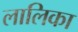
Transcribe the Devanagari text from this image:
लालिका